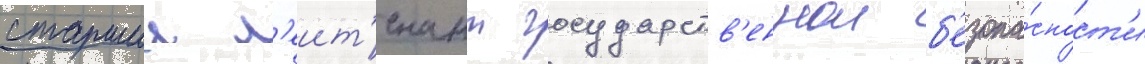
старшии л'еит'енант государств'еннои б'езопа́сност'и